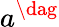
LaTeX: a^{\dag}